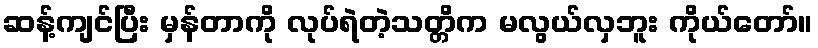
ဆန့်ကျင်ပြီး မှန်တာကို လုပ်ရဲတဲ့သတ္တိက မလွယ်လှဘူး ကိုယ်တော်။